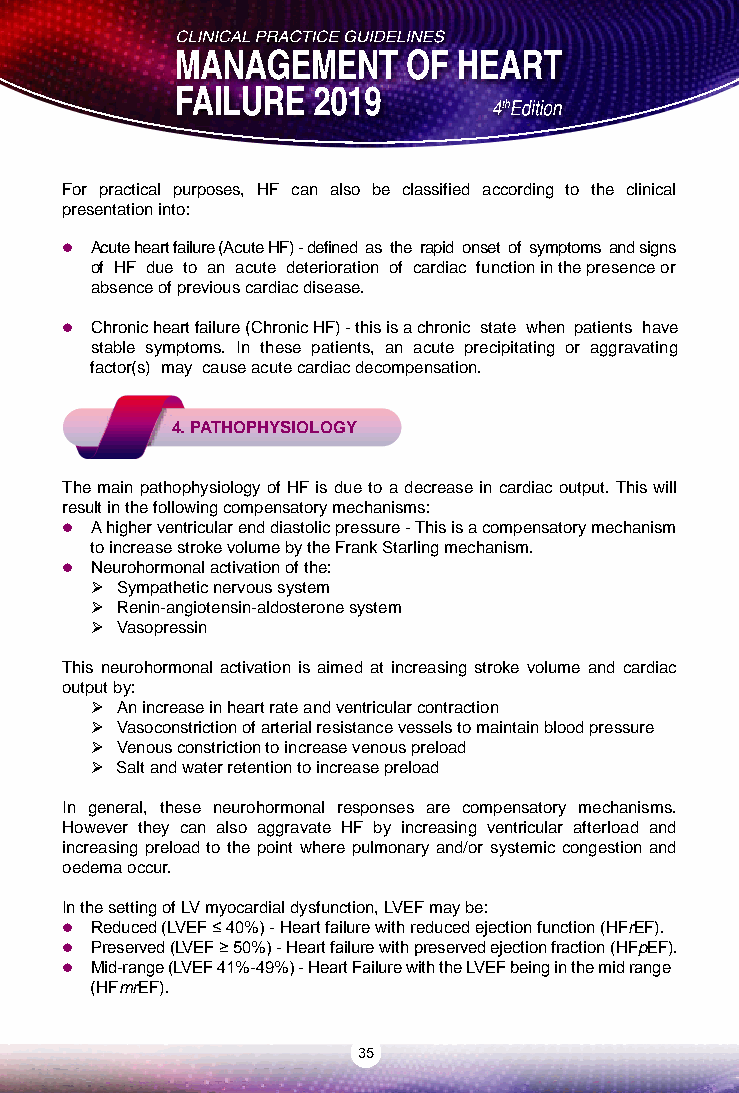
For practical purposes, HF can also be classified according to the clinical
 presentation into:
  Acute heart failure (Acute HF) - defined as the rapid onset of symptoms and signs
 of HF due to an acute deterioration of cardiac function in the presence or
 absence of previous cardiac disease.
  Chronic heart failure (Chronic HF) - this is a chronic state when patients have
 stable symptoms. In these patients, an acute precipitating or aggravating
 factor(s) may cause acute cardiac decompensation.
 4. PATHOPHYSIOLOGY
 The main pathophysiology of HF is due to a decrease in cardiac output. This will
 result in the following compensatory mechanisms:
  A higher ventricular end diastolic pressure - This is a compensatory mechanism
 to increase stroke volume by the Frank Starling mechanism.
  Neurohormonal activation of the:
  Sympathetic nervous system
  Renin-angiotensin-aldosterone system
  Vasopressin
 This neurohormonal activation is aimed at increasing stroke volume and cardiac
 output by:
  An increase in heart rate and ventricular contraction
  Vasoconstriction of arterial resistance vessels to maintain blood pressure
  Venous constriction to increase venous preload
  Salt and water retention to increase preload
 In general, these neurohormonal responses are compensatory mechanisms.
 However they can also aggravate HF by increasing ventricular afterload and
 increasing preload to the point where pulmonary and/or systemic congestion and
 oedema occur.
 In the setting of LV myocardial dysfunction, LVEF may be:
  Reduced (LVEF ≤ 40%) - Heart failure with reduced ejection function (HFrEF).
  Preserved (LVEF ≥ 50%) - Heart failure with preserved ejection fraction (HFpEF).
  Mid-range (LVEF 41%-49%) - Heart Failure with the LVEF being in the mid range
 (HFmrEF).
 35